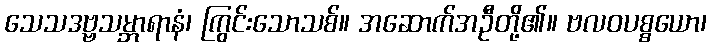
သေသဒဗ္ဗသမ္ဘာရာနံ၊ ကြွင်းသောသစ်။ အဆောက်အဦတို့၏။ ဗလဝပစ္စယော၊